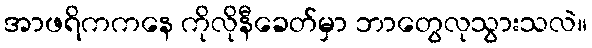
အာဖရိကကနေ ကိုလိုနီခေတ်မှာ ဘာတွေလုသွားသလဲ။